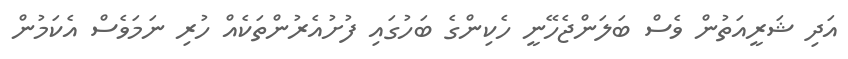
އަދި ޝަރީއަތުން ވެސް ބަލަންޖެހޭނީ ހެކިންގެ ބަހުގައި ފުށުއެރުންތަކެއް ހުރި ނަމަވެސް އެކަމުން